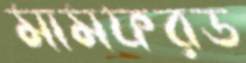
মামফরড